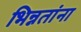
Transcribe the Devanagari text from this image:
भिन्नतांना